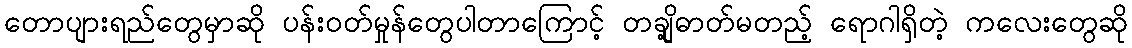
တောပျားရည်တွေမှာဆို ပန်းဝတ်မှုန်တွေပါတာကြောင့် တချို့ဓာတ်မတည့် ရောဂါရှိတဲ့ ကလေးတွေဆို